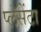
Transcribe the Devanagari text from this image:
प्लॅसेंटा